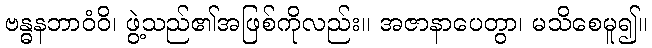
ဗန္ဓနဘာဝံဝိ၊ ဖွဲ့သည်၏အဖြစ်ကိုလည်း။ အဇာနာပေတွာ၊ မသိစေမူ၍။